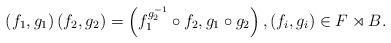
LaTeX: \begin{align*}\left( f_1, g_1 \right) \left( f_2, g_2 \right) = \left( f_1^{g_2^{-1}}\circ f_2, g_1 \circ g_2 \right), (f_i, g_i) \in F \rtimes B. \end{align*}